Annual report of the Punjab Veterinary College and of the Civil Veterinary Department, Punjab - 1909-1919
Year: 1909
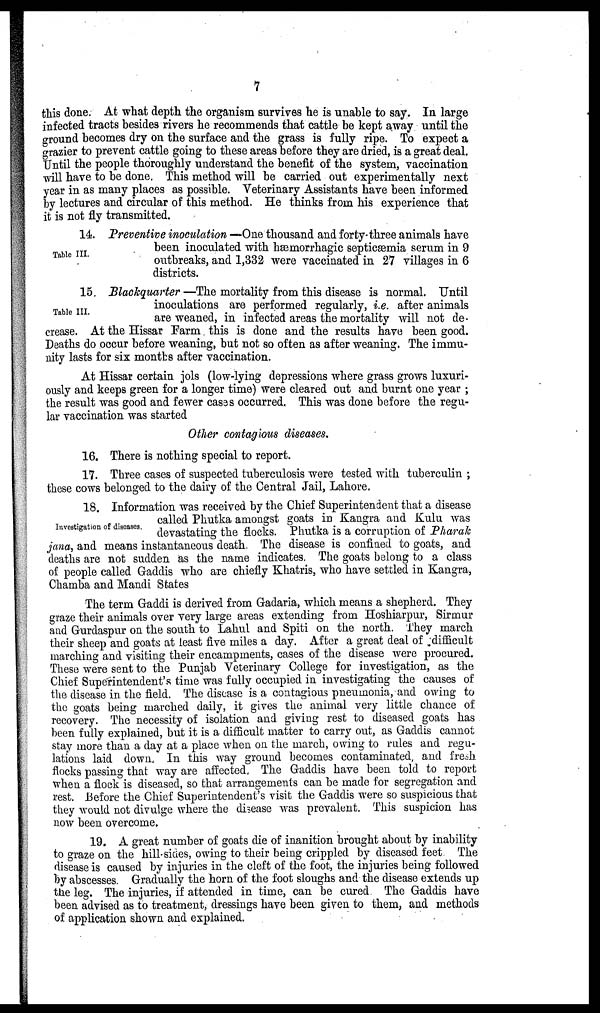
7
this done. At what depth the organism survives he is unable to say. In large
infected tracts besides rivers he recommends that cattle be kept away until the
ground becomes dry on the surface and the grass is fully ripe. To expect a
grazier to prevent cattle going to these areas before they are dried, is a great deal.
Until the people thoroughly understand the benefit of the system, vaccination
will have to be done. This method will be carried out experimentally next
year in as many places as possible. Veterinary Assistants have been informed
by lectures and circular of this method. He thinks from his experience that
it is not fly transmitted.
Table III.
14. Preventive inoculation —One thousand and forty-three animals have
been inoculated with hæmorrhagic septicæmia serum in 9
outbreaks, and 1,332 were vaccinated in 27 villages in 6
districts.
Table III.
15. Blackquarter—The mortality from this disease is normal. Until
inoculations are performed regularly, i.e. after animals
are weaned, in infected areas the mortality will not de-
crease. At the Hissar Farm this is done and the results have been good.
Deaths do occur before weaning, but not so often as after weaning. The immu-
nity lasts for six months after vaccination.
At Hissar certain jols (low-lying depressions where grass grows luxuri-
ously and keeps green for a longer time) were cleared out and burnt one year ;
the result was good and fewer cases occurred. This was done before the regu-
lar vaccination was started
Other contagious diseases.
16. There is nothing special to report.
17. Three cases of suspected tuberculosis were tested with tuberculin ;
these cows belonged to the dairy of the Central Jail, Lahore.
Investigation of diseases.
18. Information was received by the Chief Superintendent that a disease
called Phutka amongst goats in Kangra and Kulu was
devastating the flocks. Phutka is a corruption of Pharak
jana, and means instantaneous death. The disease is confined to goats, and
deaths are not sudden as the name indicates. The goats belong to a class
of people called Gaddis who are chiefly Khatris, who have settled in Kangra,
Chamba and Mandi States
The term Gaddi is derived from Gadaria, which means a shepherd. They
graze their animals over very large areas extending from Hoshiarpur, Sirmur
and Gurdaspur on the south to Lahul and Spiti on the north. They march
their sheep and goats at least five miles a day. After a great deal of difficult
marching and visiting their encampments, cases of the disease were procured.
These were sent to the Punjab Veterinary College for investigation, as the
Chief Superintendent's time was fully occupied in investigating the causes of
the disease in the field. The disease is a contagious pneumonia, and owing to
the goats being marched daily, it gives the animal very little chance of
recovery. The necessity of isolation and giving rest to diseased goats has
been fully explained, but it is a difficult matter to carry out, as Gaddis cannot
stay more than a day at a place when on the march, owing to rules and regu-
lations laid down. In this way ground becomes contaminated, and fresh
flocks passing that way are affected. The Gaddis have been told to report
when a flock is diseased, so that arrangements can be made for segregation and
rest. Before the Chief Superintendent's visit the Gaddis were so suspicious that
they would not divulge where the disease was prevalent. This suspicion has
now been overcome.
19. A great number of goats die of inanition brought about by inability
to graze on the hill-sides, owing to their being crippled by diseased feet The
disease is caused by injuries in the cleft of the foot, the injuries being followed
by abscesses. Gradually the horn of the foot sloughs and the disease extends up
the leg. The injuries, if attended in time, can be cured The Gaddis have
been advised as to treatment, dressings have been given to them, and methods
of application shown and explained.